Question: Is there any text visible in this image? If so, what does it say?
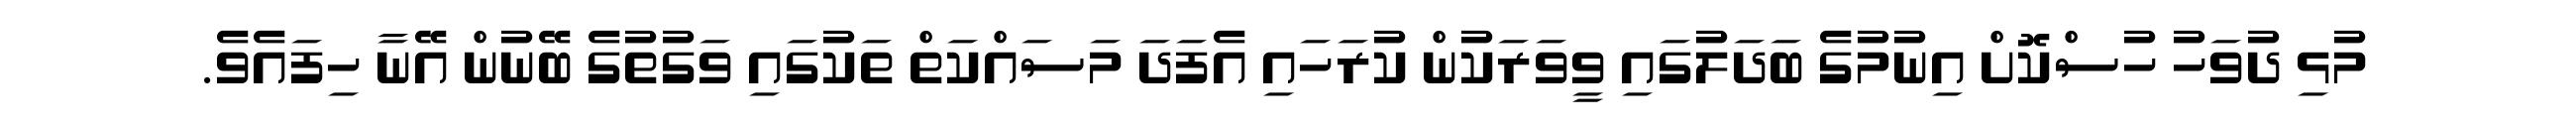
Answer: މުޅި ދުވަހު ހުސްކޮށް އިނުމުގެ ބަދަލުގައި ވީވަރަކުން ކުރަހައި އެފަދަ މަސައްކަތް ތަކުގައި ވަގުތުގެ ބޭނުން އޭނާ ހިފައެވެ.